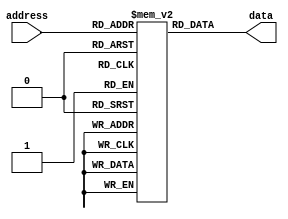
module ROM(
    input wire [ADDR_WIDTH-1:0] address,
    output reg [DATA_WIDTH-1:0] data
);

parameter ADDR_WIDTH = 4;
parameter DATA_WIDTH = 8;
parameter MEM_DEPTH = 16;

reg [DATA_WIDTH-1:0] memory [0:MEM_DEPTH-1];

initial begin
    // Initialize memory with sample data
    memory[0] = 8'b00000000;
    memory[1] = 8'b00000001;
    // Add more data as needed
end

always @(address) begin
    // Read data from memory based on address
    data <= memory[address];
end

endmodule